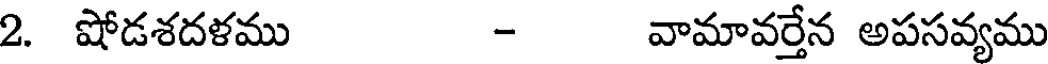
2. షోడశదళము - వామావర్తేన అపసవ్యము